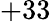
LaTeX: +33